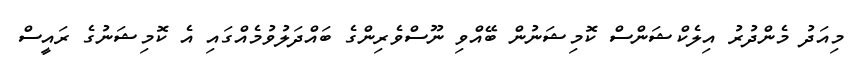
މިއަދު މެންދުރު އިލެކްޝަންސް ކޮމިޝަނުން ބޭއްވި ނޫސްވެރިންގެ ބައްދަލުވުމެއްގައި އެ ކޮމިޝަނުގެ ރައީސް